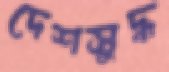
দেশসুদ্ধ